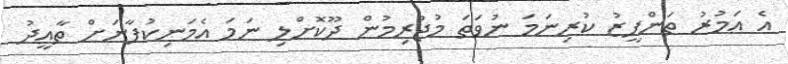
އެ އަމުރު ތަންފީޒު ކުރިނަމަ ނުވަތަ މުޖުރިމުން ދޫކޮށްލި ނަމަ އެމަނިކުފާނަށް ތާއީދު